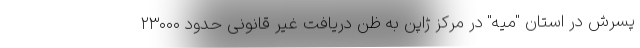
پسرش در استان "میه" در مرکز ژاپن به ظن دریافت غیر قانونی حدود ۲۳۰۰۰